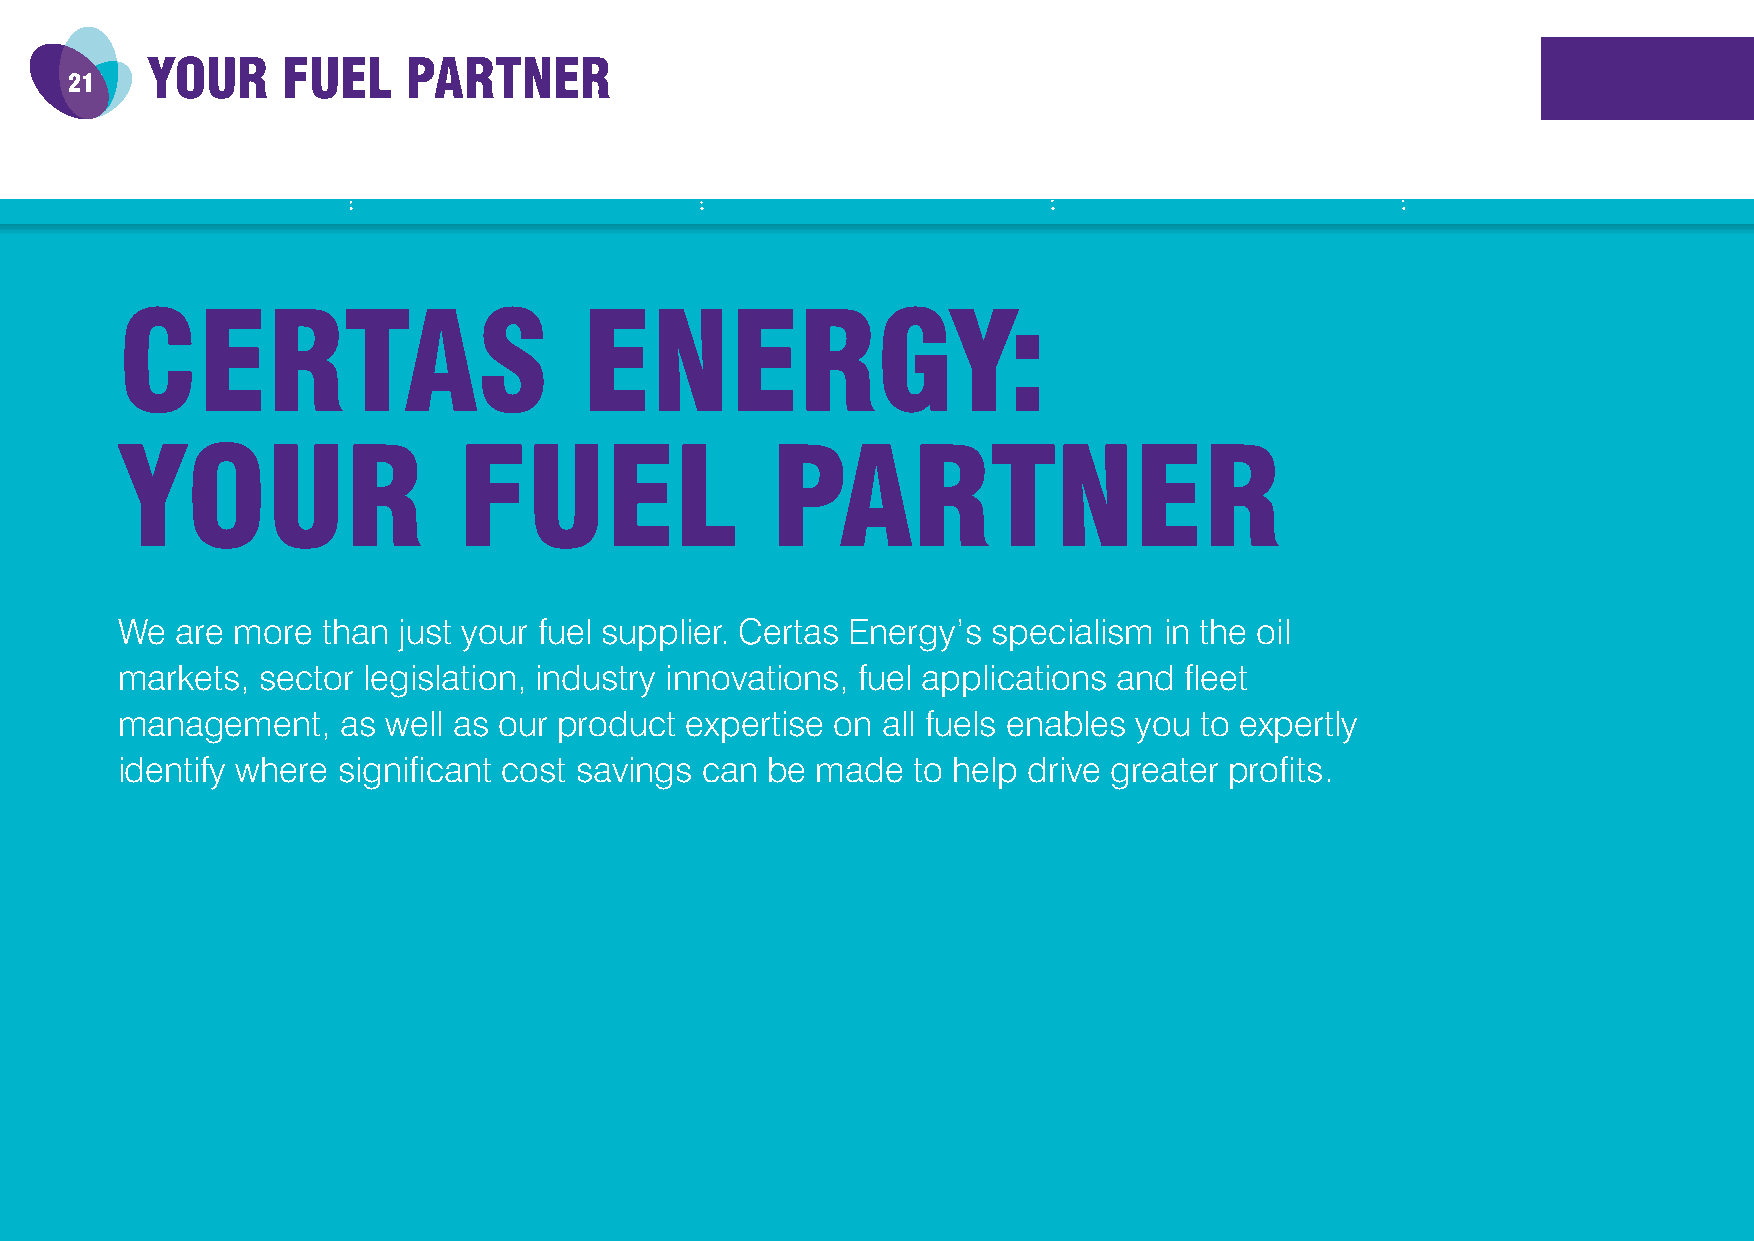
YOUR     FUEL    PARTNER
 21
 CERTAS                         ENERGY:
 YOUR                  FUEL                 PARTNER
 We  are more than just your fuel supplier. Certas Energy’s specialism in the oil
 markets, sector legislation, industry innovations, fuel applications and fleet
 management,   as  well as our product expertise on all fuels enables you to expertly
 identify where significant cost savings can be made to help drive greater profits.